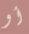
أو